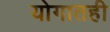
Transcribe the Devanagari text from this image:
योगातही